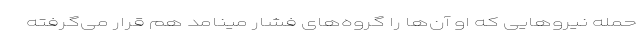
حمله نیروهایی که او آن‌ها را گروه‌های فشار مینامد هم قرار می‌گرفته